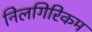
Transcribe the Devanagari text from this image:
निलगिरिकम